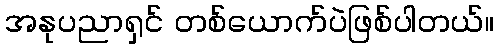
အနုပညာရှင် တစ်ယောက်ပဲဖြစ်ပါတယ်။